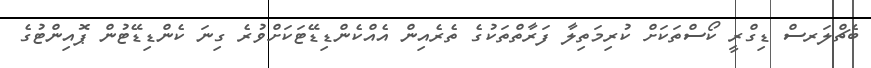
ބެޗްލަރސް ޑިގްރީ ކޯސްތަކަށް ކުރިމަތިލާ ފަރާތްތަކުގެ ތެރެއިން އެއްކެންޑިޑޭޓަކަށްވުރެ ގިނަ ކެންޑިޑޭޓުން ޕޮއިންޓުގެ